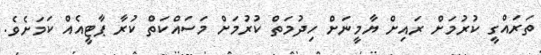
ތަރައްގީ ކުުރުމަށް ރައިށް ޔާމީނަށް ހިދުމަތް ކުރުމަށް މަސައްކަތް ކުރާ ޕާޓީއެއް ކަމަށެވެ.